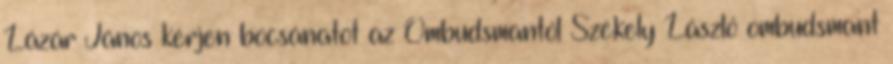
Lázár János kérjen bocsánatot az Ombudsmantól Székely László ombudsmant